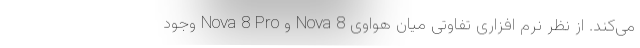
می‌کند. از نظر نرم افزاری تفاوتی میان هواوی Nova 8 و Nova 8 Pro وجود